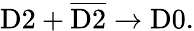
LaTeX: \mathrm{D}2+\overline{{{\mathrm{D}2}}}\rightarrow\mathrm{D}0.